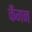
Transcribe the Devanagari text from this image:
कँगन